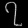
Digit: ၇